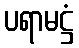
ပရာမဋ္ဌံ